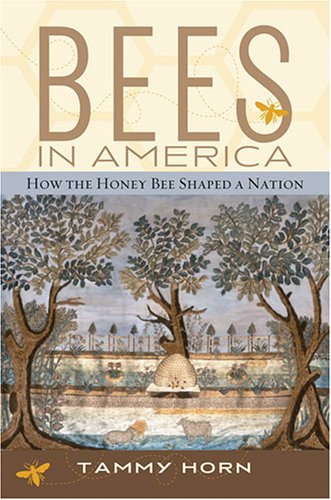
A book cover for Bees in America: How the Honey Bee Shaped a Nation; Tammy Horn; Sports & Outdoors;